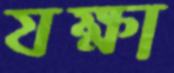
যক্ষা